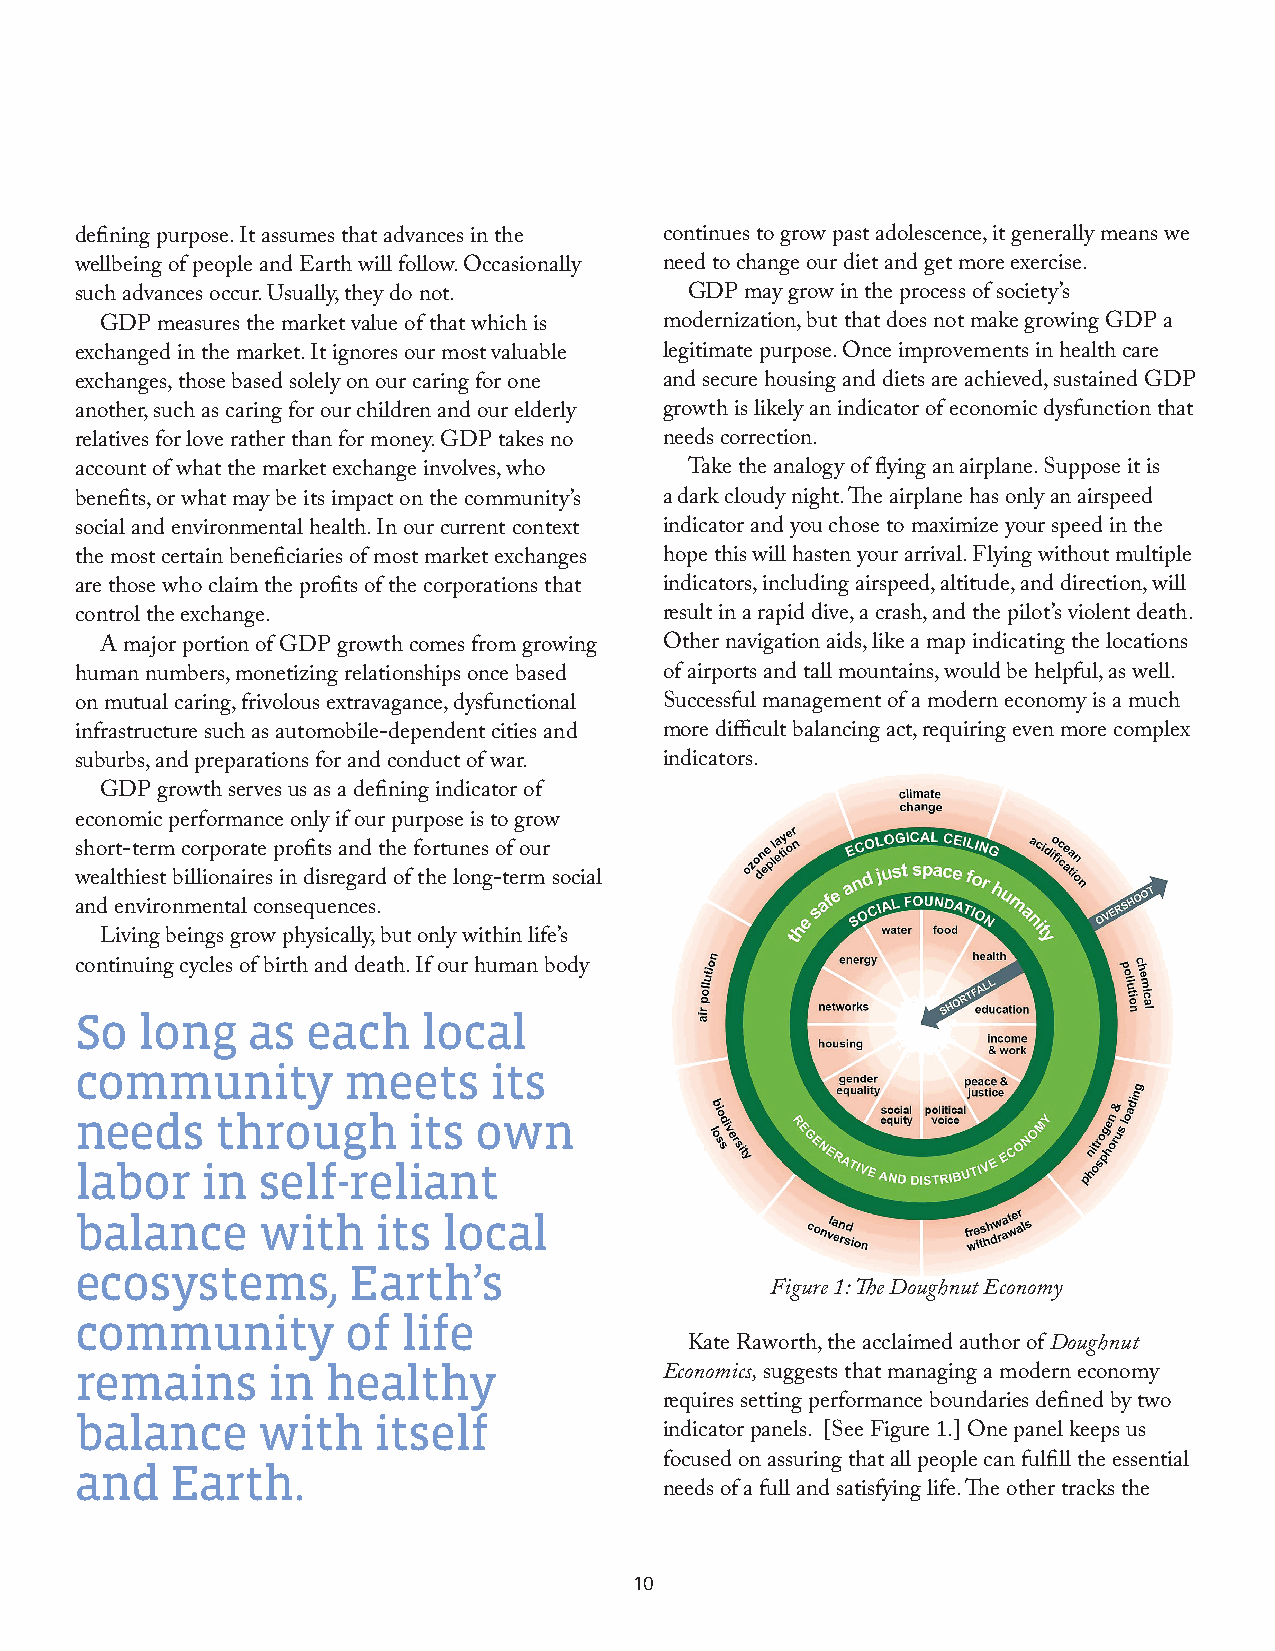
defining purpose. It assumes that advances in the continues to grow past adolescence, it generally means we
 wellbeing of people and Earth will follow. Occasionally need to change our diet and get more exercise.
 such advances occur. Usually, they do not. GDP may grow in the process of society’s
 GDP measures the market value of that which is modernization, but that does not make growing GDP a
 exchanged in the market. It ignores our most valuable legitimate purpose. Once improvements in health care
 exchanges, those based solely on our caring for one and secure housing and diets are achieved, sustained GDP
 another, such as caring for our children and our elderly growth is likely an indicator of economic dysfunction that
 relatives for love rather than for money. GDP takes no needs correction.
 account of what the market exchange involves, who Take the analogy of flying an airplane. Suppose it is
 benefits, or what may be its impact on the community’s a dark cloudy night. The airplane has only an airspeed
 social and environmental health. In our current context indicator and you chose to maximize your speed in the
 the most certain beneficiaries of most market exchanges hope this will hasten your arrival. Flying without multiple
 are those who claim the profits of the corporations that indicators, including airspeed, altitude, and direction, will
 control the exchange.                  result in a rapid dive, a crash, and the pilot’s violent death.
 A major portion of GDP growth comes from growing Other navigation aids, like a map indicating the locations
 human numbers, monetizing relationships once based of airports and tall mountains, would be helpful, as well.
 on mutual caring, frivolous extravagance, dysfunctional Successful management of a modern economy is a much
 infrastructure such as automobile-dependent cities and more difficult balancing act, requiring even more complex
 suburbs, and preparations for and conduct of war. indicators.
 GDP growth serves us as a defining indicator of
 economic performance only if our purpose is to grow
 short-term corporate profits and the fortunes of our
 wealthiest billionaires in disregard of the long-term social
 and environmental consequences.
 Living beings grow physically, but only within life’s
 continuing cycles of birth and death. If our human body
 So  long   as  each    local
 community         meets    its
 needs    through      its own
 labor   in  self-reliant
 balance     with    its local
 ecosystems,       Earth’s
 Figure 1: The Doughnut Economy
 community         of  life
 Kate Raworth, the acclaimed author of Doughnut
 remains      in  healthy
 Economics, suggests that managing a modern economy
 requires setting performance boundaries defined by two
 balance     with    itself
 indicator panels. [See Figure 1.] One panel keeps us
 and   Earth.                           focused on assuring that all people can fulfill the essential
 needs of a full and satisfying life. The other tracks the
 10